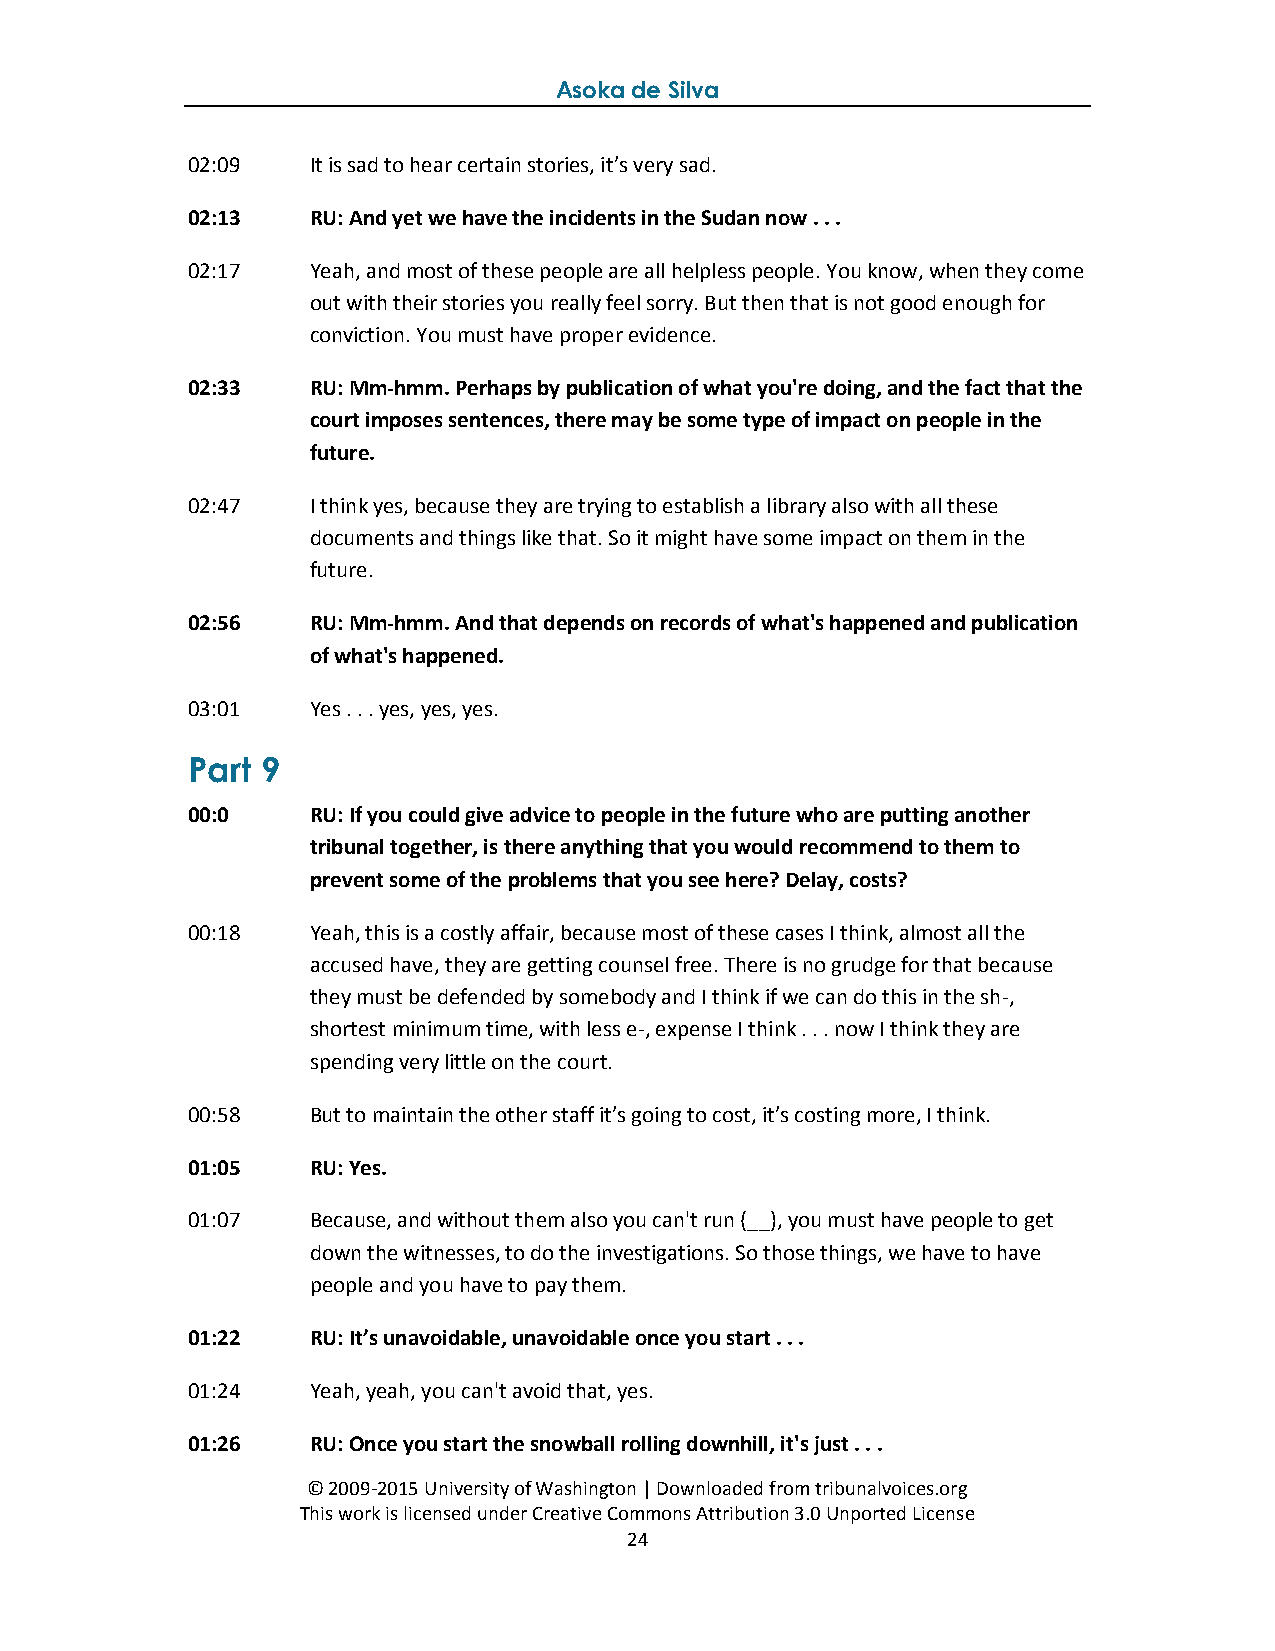
Asoka de Silva
 02:09   It is sad to hear certain stories, it’s very sad.
 02:13   RU: And yet we have the incidents in the Sudan now . . .
 02:17   Yeah, and most of these people are all helpless people. You know, when they come
 out with their stories you really feel sorry. But then that is not good enough for
 conviction. You must have proper evidence.
 02:33   RU: Mm-hmm. Perhaps by publication of what you're doing, and the fact that the
 court imposes sentences, there may be some type of impact on people in the
 future.
 02:47   I think yes, because they are trying to establish a library also with all these
 documents and things like that. So it might have some impact on them in the
 future.
 02:56   RU: Mm-hmm. And that depends on records of what's happened and publication
 of what's happened.
 03:01   Yes . . . yes, yes, yes.
 Part 9
 00:0    RU: If you could give advice to people in the future who are putting another
 tribunal together, is there anything that you would recommend to them to
 prevent some of the problems that you see here? Delay, costs?
 00:18   Yeah, this is a costly affair, because most of these cases I think, almost all the
 accused have, they are getting counsel free. There is no grudge for that because
 they must be defended by somebody and I think if we can do this in the sh-,
 shortest minimum time, with less e-, expense I think . . . now I think they are
 spending very little on the court.
 00:58   But to maintain the other staff it’s going to cost, it’s costing more, I think.
 01:05   RU: Yes.
 01:07   Because, and without them also you can't run (__), you must have people to get
 down the witnesses, to do the investigations. So those things, we have to have
 people and you have to pay them.
 01:22   RU: It’s unavoidable, unavoidable once you start . . .
 01:24   Yeah, yeah, you can't avoid that, yes.
 01:26   RU: Once you start the snowball rolling downhill, it's just . . .
 © 2009-2015 University of Washington | Downloaded from tribunalvoices.org
 This work is licensed under Creative Commons Attribution 3.0 Unported License
 24